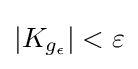
|K_{g_{\epsilon }}|<\varepsilon